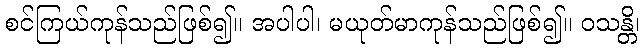
စင်ကြယ်ကုန်သည်ဖြစ်၍။ အပါပါ၊ မယုတ်မာကုန်သည်ဖြစ်၍။ ဝသန္တိ၊